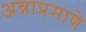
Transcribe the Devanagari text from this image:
अन्नाप्रमाणे